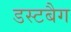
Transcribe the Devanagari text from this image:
डस्टबैग